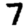
Digit: 7